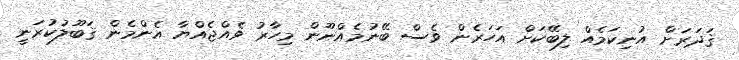
ޤަދަރަށް އުނިކަމެއް ލިބޭކަށް އަހަރެން ވެސް ބޭނުމެއްނޫން މިހާރު ވެއްޖެއްޔާ އެންމެން ޤަބޫލުކުރަނީ